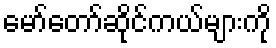
မော်တော်ဆိုင်ကယ်များကို